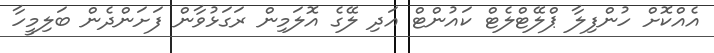
އެއްކޮށް ހުންފިލާ ޕްލޭޓްލެޓް ކައުންޓް އަދި ލޭގެ އޮލަމިން ރަގަޅުވާން ފަށަންދެން ބަލިމީހާ